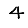
Digit: 4